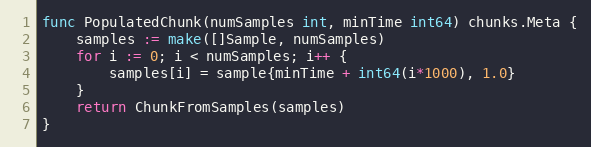
Language: Go
func PopulatedChunk(numSamples int, minTime int64) chunks.Meta {
	samples := make([]Sample, numSamples)
	for i := 0; i < numSamples; i++ {
		samples[i] = sample{minTime + int64(i*1000), 1.0}
	}
	return ChunkFromSamples(samples)
}